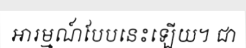
អារម្មណ៍បែបនេះឡើយ។ ជា